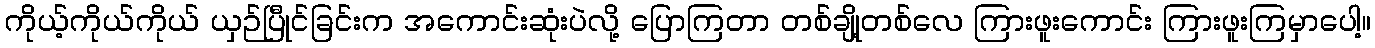
ကိုယ့်ကိုယ်ကိုယ် ယှဉ်ပြီုင်ခြင်းက အကောင်းဆုံးပဲလို့ ပြောကြတာ တစ်ချို့တစ်လေ ကြားဖူးကောင်း ကြားဖူးကြမှာပေါ့။